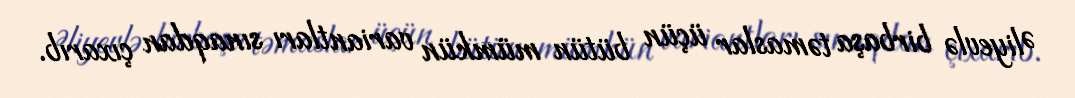
Əliyevlə birbaşa təmaslar üçün bütün mümkün variantları sınaqdan çıxarıb.